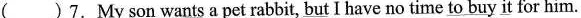
( ) 7. My son wants a pet rabbit, \underline{but} I have no time \underline{to buy it} for him.